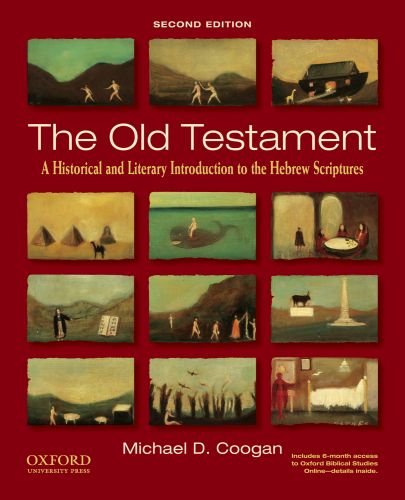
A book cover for The Old Testament: A Historical and Literary Introduction to the Hebrew Scriptures; Michael D. Coogan; Christian Books & Bibles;